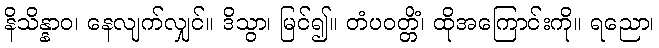
နိသိန္နာဝ၊ နေလျက်လျှင်။ ဒိသွာ၊ မြင်၍။ တံပဝတ္တိံ၊ ထိုအကြောင်းကို။ ရညော၊